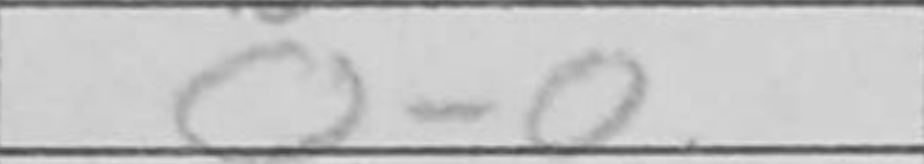
Transcription: O-O